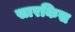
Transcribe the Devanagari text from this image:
सारकिस